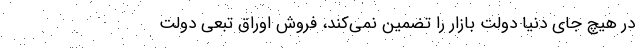
در هیچ جای دنیا دولت بازار را تضمین نمی‌کند، فروش اوراق تبعی دولت